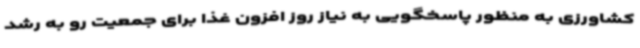
کشاورزی به منظور پاسخگویی به نیاز روز افزون غذا برای جمعیت رو به رشد